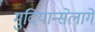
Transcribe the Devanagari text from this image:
मुदियान्सेलागे